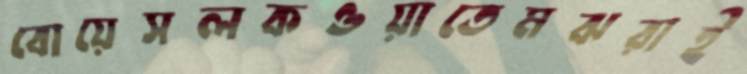
বোয়েসলকওয়াতেমঝরাই